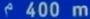
400 m